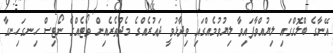
އޭނާގެ ބްލޮގްގައި ލިޔުއްވާފައިވާ ލިޔުވުމެއްގައި ވިދާޅުވީ ދައުރެއްގެ މެދުތެރެއިން ވޯޓެއްގެ ނޯޓިސް ހިނގަހިނގާ